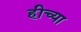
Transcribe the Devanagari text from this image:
हीच्या